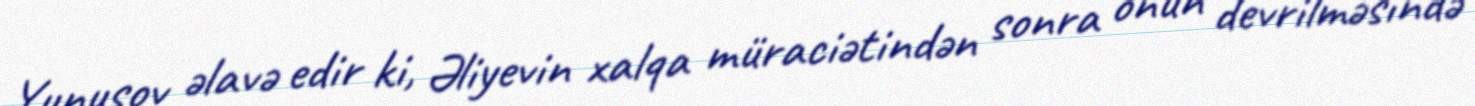
Yunusov əlavə edir ki, Əliyevin xalqa müraciətindən sonra onun devrilməsində